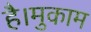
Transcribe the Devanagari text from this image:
है।मुकाम